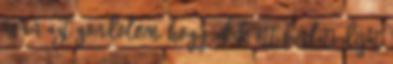
és én azt gondolom, hogy akik ott bérleti díjat